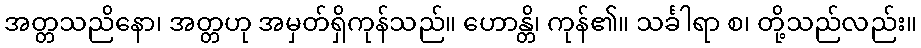
အတ္တသညိနော၊ အတ္တဟု အမှတ်ရှိကုန်သည်။ ဟောန္တိ၊ ကုန်၏။ သင်္ခါရာ စ၊ တို့သည်လည်း။